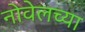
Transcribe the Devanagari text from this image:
नोवेलच्या